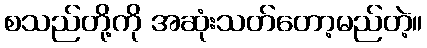
စသည်တို့ကို အဆုံးသတ်တော့မည်တဲ့။